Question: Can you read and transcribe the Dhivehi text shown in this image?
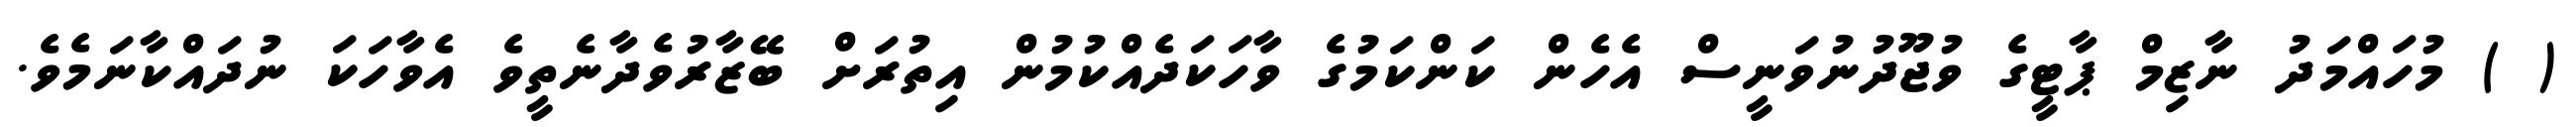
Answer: ( ) މުހައްމަދު ނާޒިމް ޕާޓީގެ ވުޖޫދުނުވަނީސް އެހެން ކަންކަމުގެ ވާހަކަދެއްކުމުން އިތުރަށް ބޭޒާރުވެދާނެތީވެ އެވާހަކަ ނުދައްކާނަމެވެ.